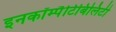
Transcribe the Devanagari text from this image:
इनकॉम्पैटिबिलिटी